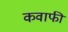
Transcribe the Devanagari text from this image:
कवाफी